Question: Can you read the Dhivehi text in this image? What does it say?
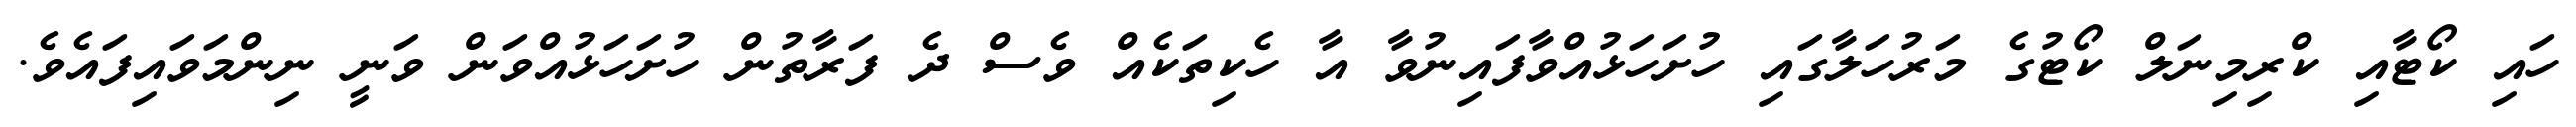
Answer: ހައި ކޯޓާއި ކްރިމިނަލް ކޯޓުގެ މަރުހަލާގައި ހުށަހަޅުއްވާފައިނުވާ އާ ހެކިތަކެއް ވެސް ދެ ފަރާތުން ހުށަހަޅުއްވަން ވަނީ ނިންމަވައިފައެވެ.